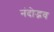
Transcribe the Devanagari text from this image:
नंदोद्भव